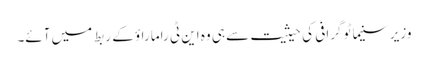
وزیر سنیما ٹو گرافی کی حیثیت سے ہی وہ این ٹی راما راؤ کے ربط میں آئے۔